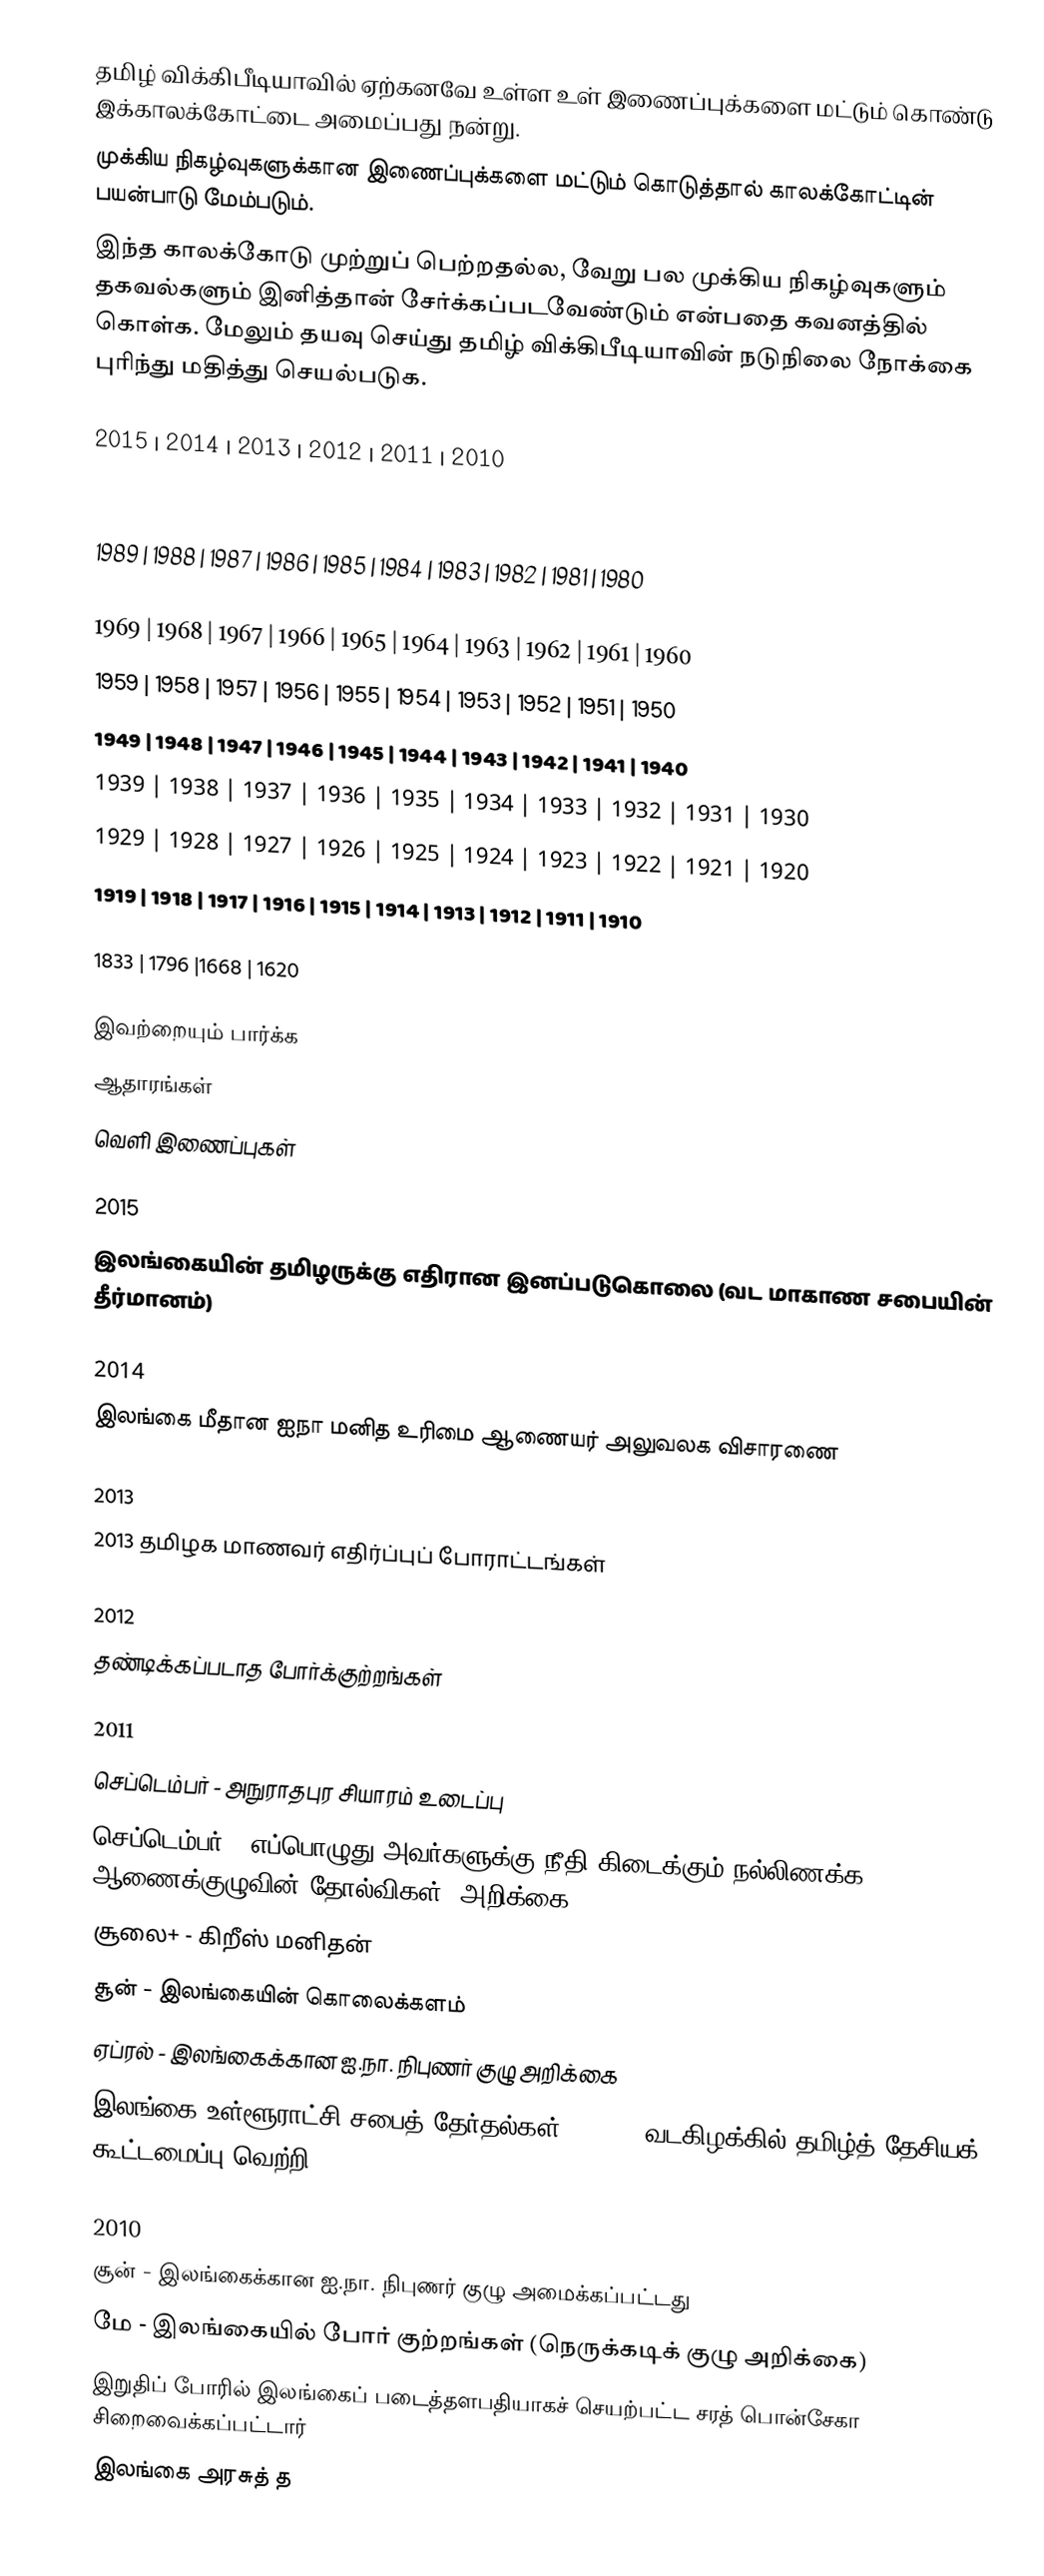
தமிழ் விக்கிபீடியாவில் ஏற்கனவே உள்ள உள் இணைப்புக்களை மட்டும் கொண்டு இக்காலக்கோட்டை அமைப்பது நன்று.
முக்கிய நிகழ்வுகளுக்கான இணைப்புக்களை மட்டும் கொடுத்தால் காலக்கோட்டின் பயன்பாடு மேம்படும்.
இந்த காலக்கோடு முற்றுப் பெற்றதல்ல, வேறு பல முக்கிய நிகழ்வுகளும் தகவல்களும் இனித்தான் சேர்க்கப்படவேண்டும் என்பதை கவனத்தில் கொள்க.  மேலும் தயவு செய்து தமிழ் விக்கிபீடியாவின் நடுநிலை நோக்கை புரிந்து மதித்து செயல்படுக.

2015  | 2014 | 2013 | 2012  | 2011 | 2010
2009  | 2008 | 2007 | 2006 | 2005 | 2004 | 2003 | 2002 | 2001 | 2000
1999 | 1998 | 1997 | 1996 | 1995 | 1994 | 1993 | 1992 | 1991 | 1990
1989 | 1988 | 1987 | 1986 | 1985 | 1984 | 1983 | 1982 | 1981 | 1980
1979 | 1978 | 1977 | 1976 | 1975 | 1974 | 1973 | 1972 | 1971 | 1970
1969 | 1968 | 1967 | 1966 | 1965 | 1964 | 1963 | 1962 | 1961 | 1960
1959 | 1958 | 1957 | 1956 | 1955 | 1954 | 1953 | 1952 | 1951 | 1950
1949 | 1948 | 1947 | 1946 | 1945 | 1944 | 1943 | 1942 | 1941 | 1940
1939 | 1938 | 1937 | 1936 | 1935 | 1934 | 1933 | 1932 | 1931 | 1930
1929 | 1928 | 1927 | 1926 | 1925 | 1924 | 1923 | 1922 | 1921 | 1920
1919 | 1918 | 1917 | 1916 | 1915 | 1914 | 1913 | 1912 | 1911 | 1910

1833 | 1796 |1668 | 1620

இவற்றையும் பார்க்க
ஆதாரங்கள்
வெளி இணைப்புகள்

2015
 இலங்கையின் தமிழருக்கு எதிரான இனப்படுகொலை (வட மாகாண சபையின் தீர்மானம்)

2014
 இலங்கை மீதான ஐநா மனித உரிமை ஆணையர் அலுவலக விசாரணை

2013
 2013 தமிழக மாணவர் எதிர்ப்புப் போராட்டங்கள்

2012
 தண்டிக்கப்படாத போர்க்குற்றங்கள்

2011
 செப்டெம்பர் - அநுராதபுர சியாரம் உடைப்பு
 செப்டெம்பர் - எப்பொழுது அவர்களுக்கு நீதி கிடைக்கும்:நல்லிணக்க ஆணைக்குழுவின் தோல்விகள் (அறிக்கை)
 சூலை+ - கிறீஸ் மனிதன்
 சூன் - இலங்கையின் கொலைக்களம்
 ஏப்ரல் - இலங்கைக்கான ஐ.நா. நிபுணர் குழு அறிக்கை
 இலங்கை உள்ளூராட்சி சபைத் தேர்தல்கள், 2011 - வடகிழக்கில் தமிழ்த் தேசியக் கூட்டமைப்பு வெற்றி

2010
 சூன் - இலங்கைக்கான ஐ.நா. நிபுணர் குழு அமைக்கப்பட்டது
 மே - இலங்கையில் போர் குற்றங்கள் (நெருக்கடிக் குழு அறிக்கை)
 இறுதிப் போரில் இலங்கைப் படைத்தளபதியாகச் செயற்பட்ட சரத் பொன்சேகா சிறைவைக்கப்பட்டார்
 இலங்கை அரசுத் த